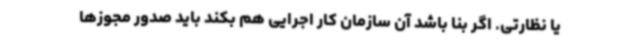
یا نظارتی. اگر بنا باشد آن سازمان کار اجرایی هم بکند باید صدور مجوزها